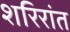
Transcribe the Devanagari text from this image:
शरिरांत